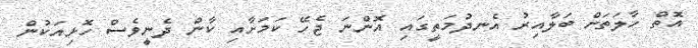
އޮތް ހާލަތަށް ބަލާއިރު އެނދުމަތީގައި އޮންނަ ޖެހޭ ކަމަށާއި ކާން ދެނީވެސް ހޮޅިއަކުން